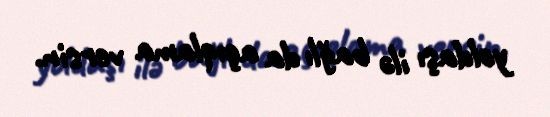
yoldaşı ilə bağlı da açıqlama versin.